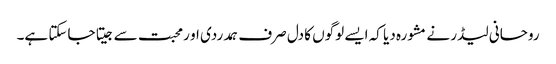
روحانی لیڈر نے مشورہ دیا کہ ایسے لوگوں کا دل صرف ہمدردی او رمحبت سے جیتا جاسکتا ہے۔